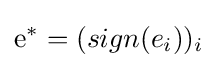
\mathrm {e} ^{*}=(sign(e_{i}))_{i}